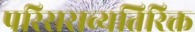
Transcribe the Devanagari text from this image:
परिसराव्यतिरिक्त